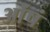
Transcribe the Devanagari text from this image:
ओंषं